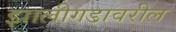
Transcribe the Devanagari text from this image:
झालीगडावरील